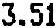
3.51